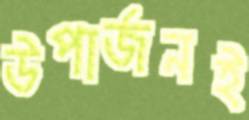
উপার্জনই